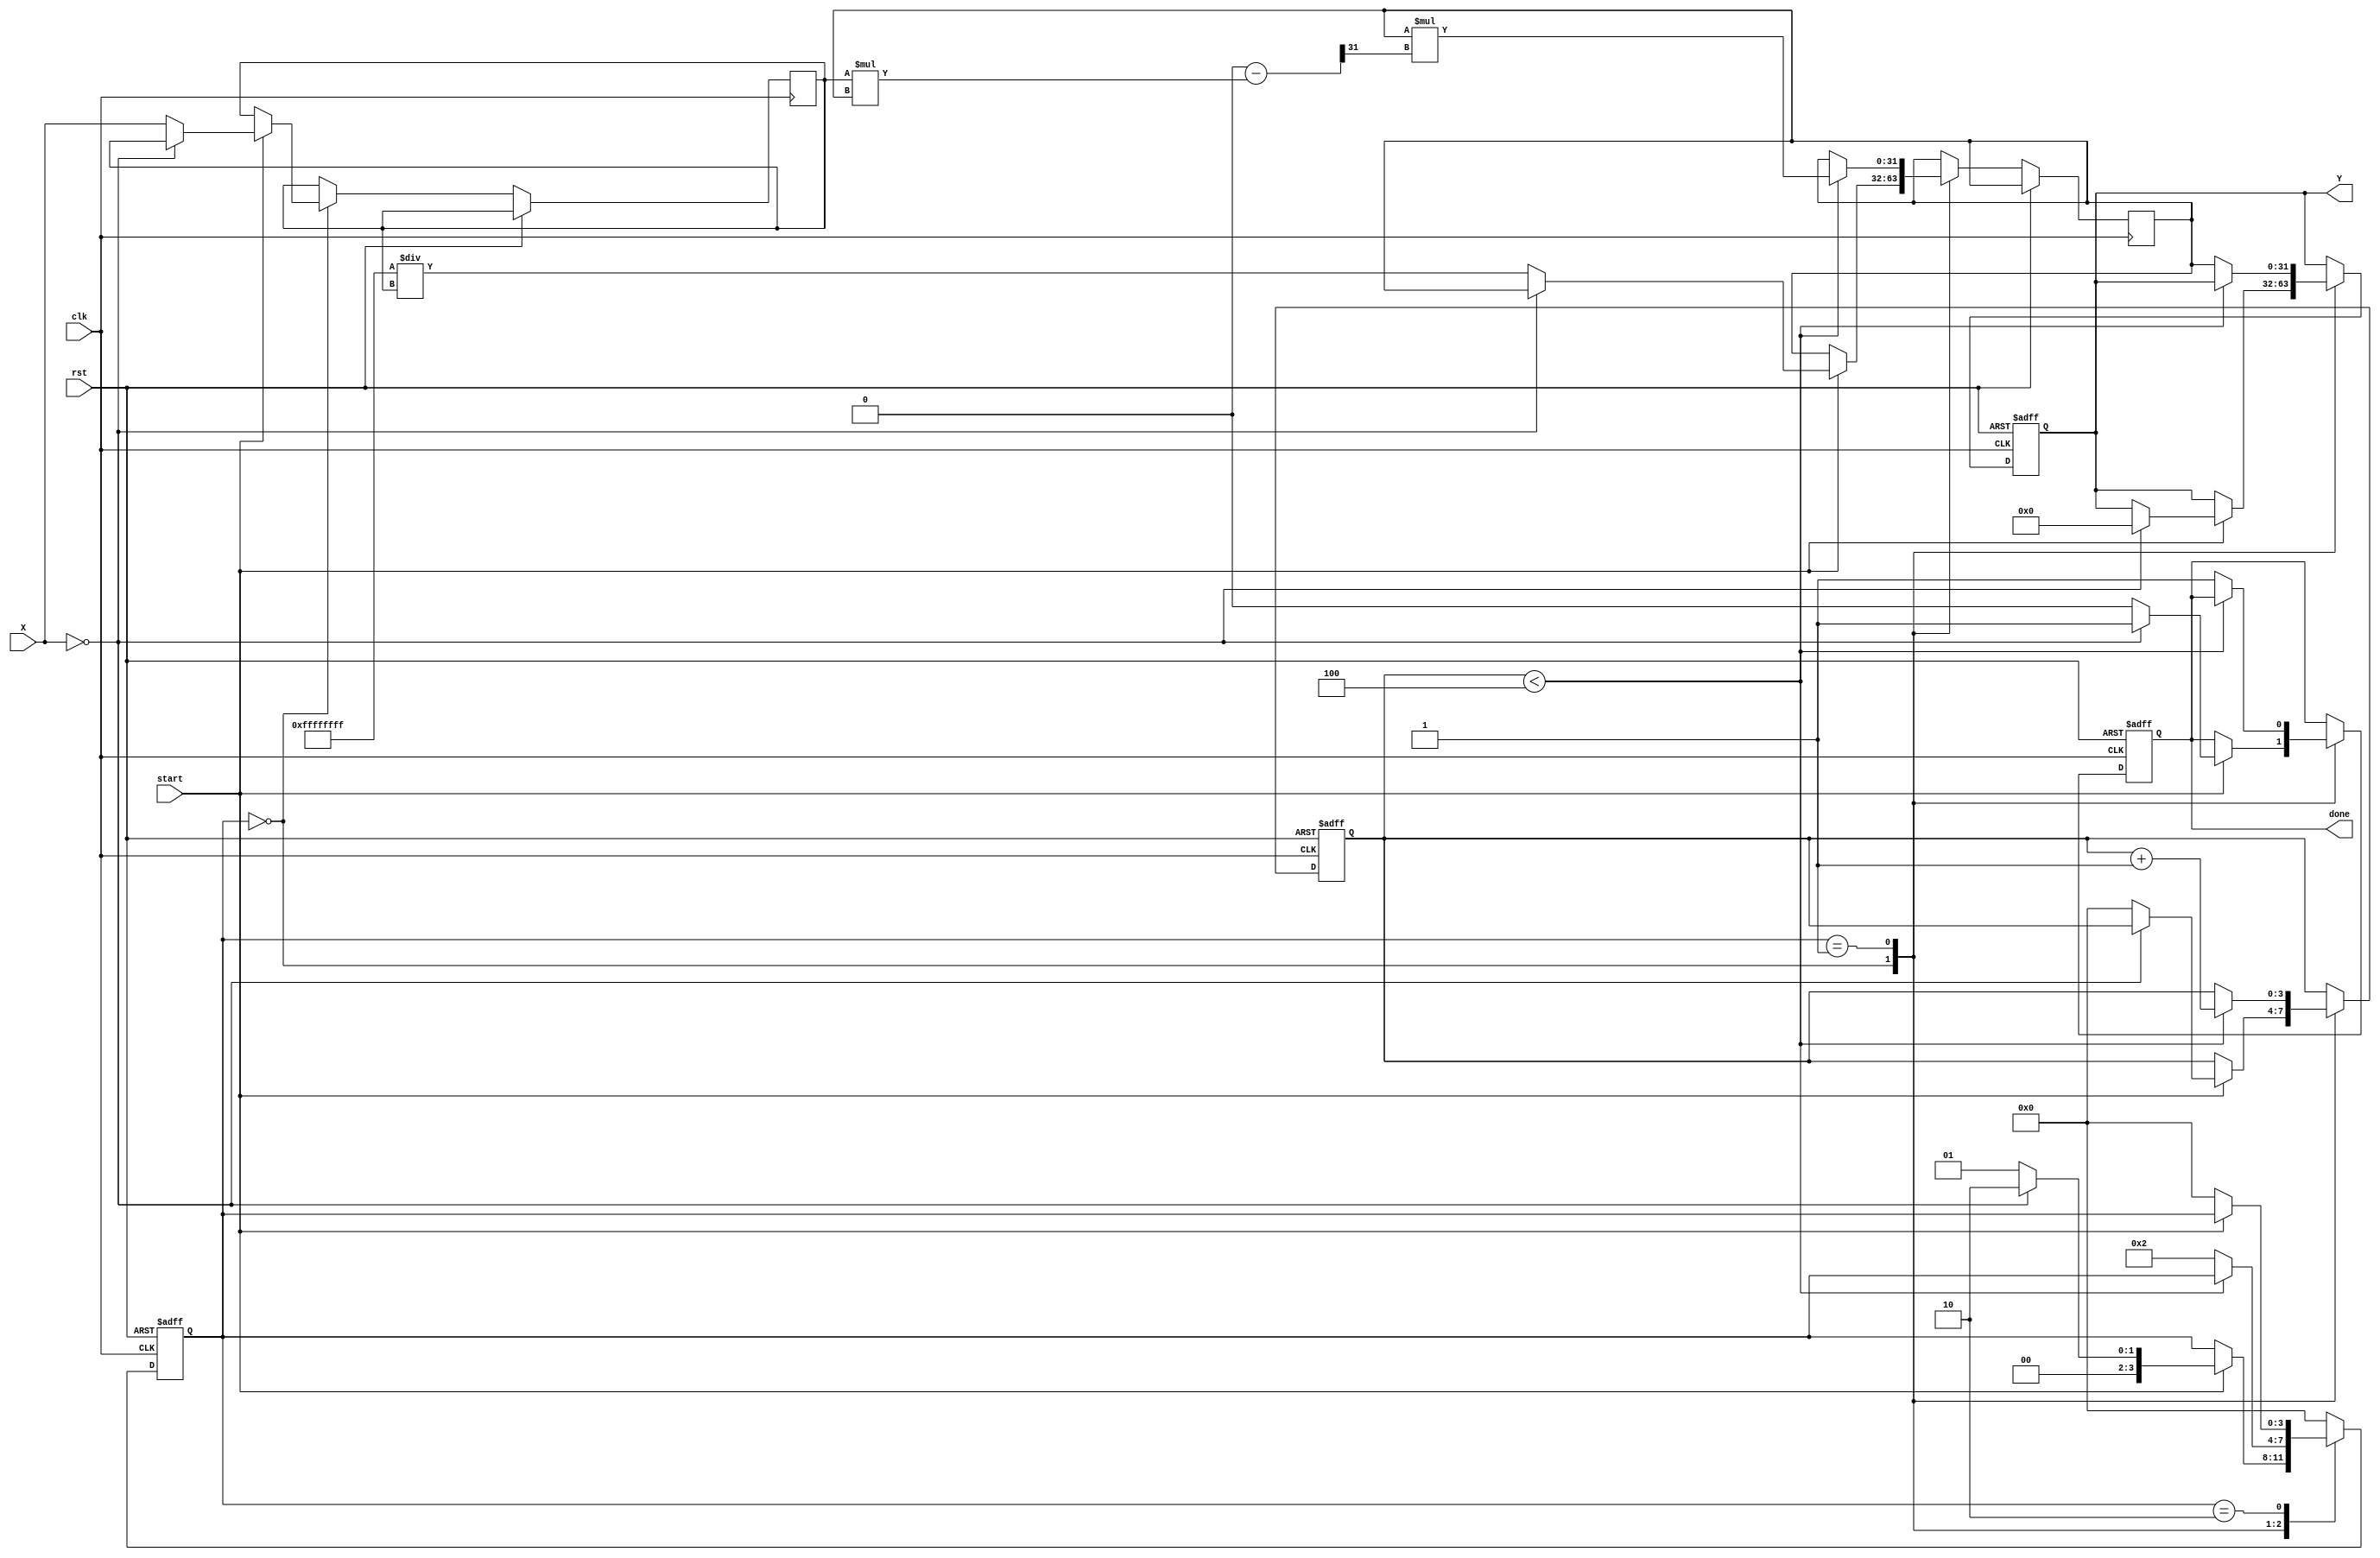
module DirectReciprocalUnit (
    input wire clk,
    input wire rst,
    input wire start,
    input wire [31:0] X, // Input value (fixed-point representation)
    output reg [31:0] Y, // Reciprocal output
    output reg done // Indicates computation is complete
);

    reg [31:0] x_reg;
    reg [31:0] approx;
    reg [3:0] state;
    reg [3:0] iter_count;

    localparam IDLE = 4'b0000;
    localparam PROCESS = 4'b0001;
    localparam DONE = 4'b0010;

    // Special case handling
    always @(posedge clk or posedge rst) begin
        if (rst) begin
            Y <= 32'b0;
            done <= 1'b0;
            state <= IDLE;
            iter_count <= 4'b0;
        end else begin
            case (state)
                IDLE: begin
                    if (start) begin
                        // Check for special cases
                        if (X == 32'b0) begin
                            Y <= 32'b0; // Reciprocal of zero
                            done <= 1'b1;
                            state <= DONE;
                        end else begin
                            // Initialize for reciprocal calculation
                            x_reg <= X;
                            approx <= 32'hFFFFFFFF / x_reg; // Initial approximation
                            iter_count <= 4'b0;
                            state <= PROCESS;
                            done <= 1'b0;
                        end
                    end
                end

                PROCESS: begin
                    if (iter_count < 4) begin
                        // Newton-Raphson method: Y(n+1) = Y(n) * (2 - X * Y(n))
                        approx <= approx * (32'h2_00000000 - (x_reg * approx) >> 31); // Right shift for fixed-point
                        iter_count <= iter_count + 1;
                    end else begin
                        Y <= approx; // Final approximation
                        done <= 1'b1;
                        state <= DONE;
                    end
                end

                DONE: begin
                    if (!start) begin
                        state <= IDLE; // Wait for next start signal
                    end
                end

                default: state <= IDLE;
            endcase
        end
    end
endmodule